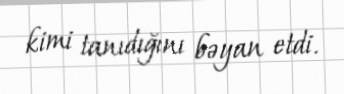
kimi tanıdığını bəyan etdi.